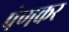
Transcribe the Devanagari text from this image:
पेणकर